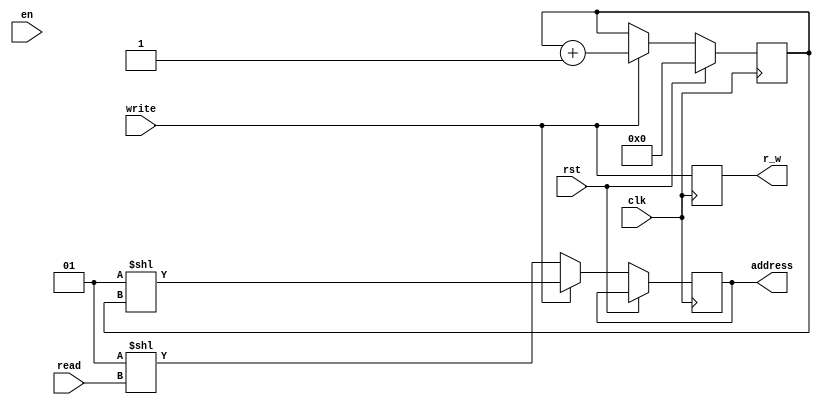
`timescale 1ns / 1ps

module controller(clk, rst, en, read, write, address, r_w);
	input clk;
	input rst;
	input en;
	input [3:0] read; //4bit address
	input write; //High -> write
	output reg [15:0] address; //16bit address, one-hot encoded
	output reg r_w;
	
	reg [3:0] cnt; //16 element
	
	always @ (posedge clk)
	begin
		//Reset
		if(rst)	cnt<=0;
		
		//Write
		else if(write)
		begin
			cnt <= cnt+1; //Increase cnt
			address <= (1<<cnt); //one-hot encoding
		end
		
		//Read
		else
		begin
			address <= (1<<read); //one-hot encoding
		end
		r_w <= write;
	end
endmodule